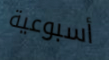
أسبوعية